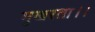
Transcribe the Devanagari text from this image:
मुखरता।।